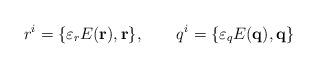
LaTeX: \begin{align*}r^{i}=\{\varepsilon _{r}E({\bf r}),{\bf r\}},\qquad q^{i}=\{\varepsilon_{q}E({\bf q}),{\bf q\}} \end{align*}